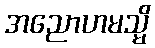
အညောဟမသ္မိ